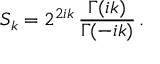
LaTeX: S _ { k } = 2 ^ { 2 i k } \, \frac { \Gamma ( i k ) } { \Gamma ( - i k ) } \, .